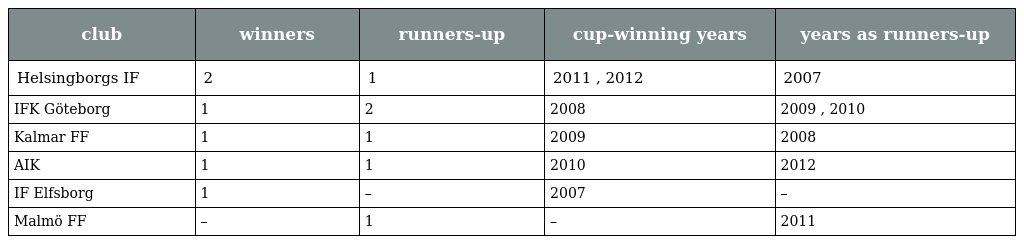
| club | winners | runners-up | cup-winning years | years as runners-up |
 | --- | --- | --- | --- | --- |
 | Helsingborgs IF | 2 | 1 | 2011 , 2012 | 2007 |
 | IFK Göteborg | 1 | 2 | 2008 | 2009 , 2010 |
 | Kalmar FF | 1 | 1 | 2009 | 2008 |
 | AIK | 1 | 1 | 2010 | 2012 |
 | IF Elfsborg | 1 | – | 2007 | – |
 | Malmö FF | – | 1 | – | 2011 |